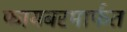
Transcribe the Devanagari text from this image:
फायबरमार्फत